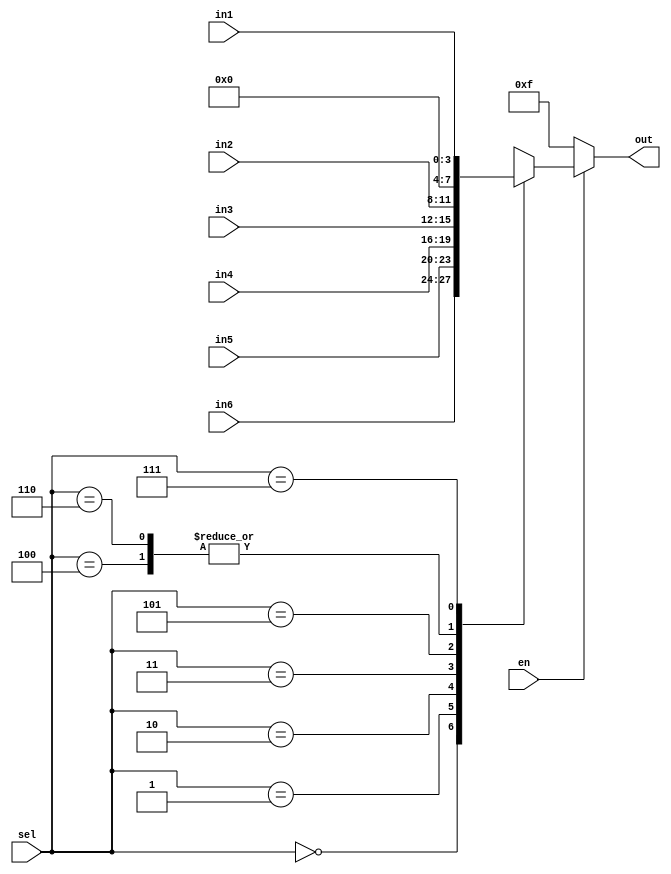
module LED8_1(en,in1,in2,in3,in4,in5,in6,sel,out);
	input [3:0] in1,in2,in3,in4,in5,in6;
	input en;
	input [2:0] sel;
	output [3:0] out;
	reg [3:0] out;
	always @(en,in1,in2,in3,in4,in5,in6,sel)
	begin
		if(!en) out = 4'b1111;
		else case(sel)
			3'b000:out = in6;
			3'b001:out = in5;
			3'b010:out = in4;
			3'b011:out = in3;
			3'b100:out = 4'b0000;
			3'b101:out = in2;
			3'b110:out = 4'b0000;
			3'b111:out = in1;
		endcase
	end
endmodule